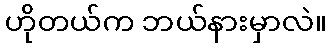
ဟိုတယ်က ဘယ်နားမှာလဲ။